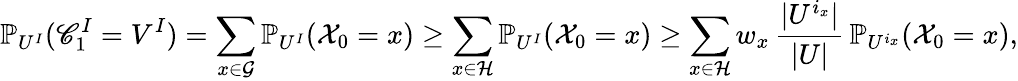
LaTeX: \mathbb{P}_{U^{I}}(\mathscr{C}_{1}^{I}=V^{I})=\sum_{x\in\mathcal G}\mathbb{P}_{U^{I}}(\mathcal X_{0}=x)\geq\sum_{x\in\mathcal H}\mathbb{P}_{U^{I}}(\mathcal X_{0}=x)\geq\sum_{x\in\mathcal H}w_{x}\, \frac{|U^{i_{x}}|}{|U|}\, \mathbb{P}_{U^{i_{x}}}(\mathcal X_{0}=x),